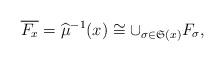
LaTeX: \begin{align*} \overline{F_{x}} = \widehat{\mu}^{-1}(x)\cong \cup _{\sigma \in \mathfrak{S}(x)} F_{\sigma}, \end{align*}